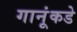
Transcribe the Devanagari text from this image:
गानूंकडे